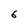
Character: 6